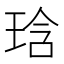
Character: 琀